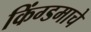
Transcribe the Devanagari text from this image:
किंग्डमाचे